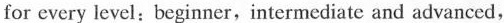
for cvery level;beginner, intermediatc and advanced,